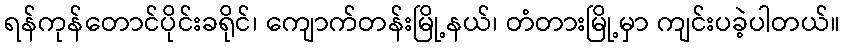
ရန်ကုန်တောင်ပိုင်းခရိုင်၊ ကျောက်တန်းမြို့နယ်၊ တံတားမြို့မှာ ကျင်းပခဲ့ပါတယ်။